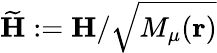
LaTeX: \widetilde{\mathbf H}:={\mathbf H}/\sqrt{M_{\mu}({\mathbf r})}